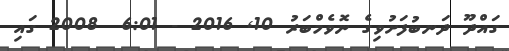
ގައްދޫ ދަނބުފަށުވިގެ ނޮވެމްބަރު 10